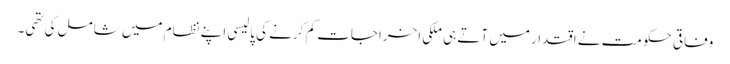
وفاقی حکومت نے اقتدار میں آتے ہی ملکی اخراجات کم کرنے کی پالیسی اپنے نظام میں شامل کی تھی۔